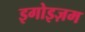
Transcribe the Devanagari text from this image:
इगोइज़म